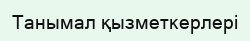
Танымал қызметкерлері